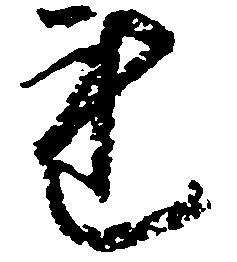
連